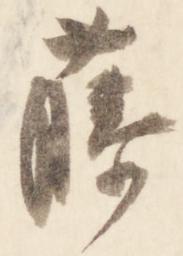
藤